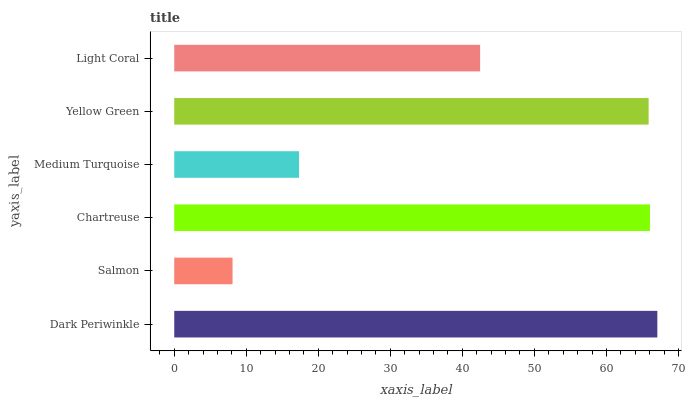
| yaxis_label | bars |
 | --- | --- |
 | Dark Periwinkle | 67.1 |
 | Salmon | 8.1 |
 | Chartreuse | 66 |
 | Medium Turquoise | 17.3 |
 | Yellow Green | 65.9 |
 | Light Coral | 42.5 |